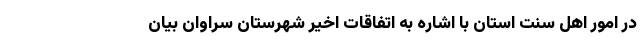
در امور اهل سنت استان با اشاره به اتفاقات اخیر شهرستان سراوان بیان